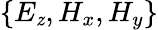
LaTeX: \{ E_{\mathit{z}},H_{x},H_{y}\}